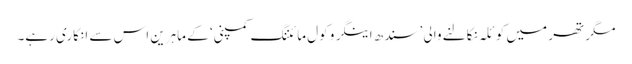
مگر تھر میں کوئلہ نکالنے والی ’سندھ اینگرو کول مائننگ کمپنی‘ کے ماہرین اس سے انکاری رہے۔